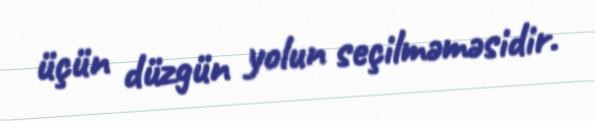
üçün düzgün yolun seçilməməsidir.